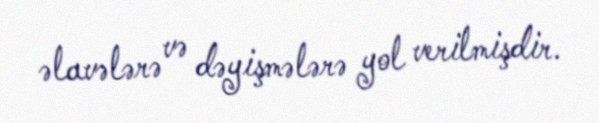
əlavələrə və dəyişmələrə yol verilmişdir.